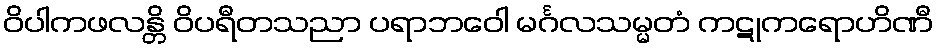
ဝိပါကဖလန္တိ ဝိပရီတသညာ ပရာဘဝေါ မင်္ဂလသမ္မတံ ကဋုကရောဟိဏီ